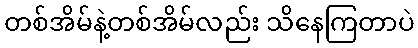
တစ်အိမ်နဲ့တစ်အိမ်လည်း သိနေကြတာပဲ